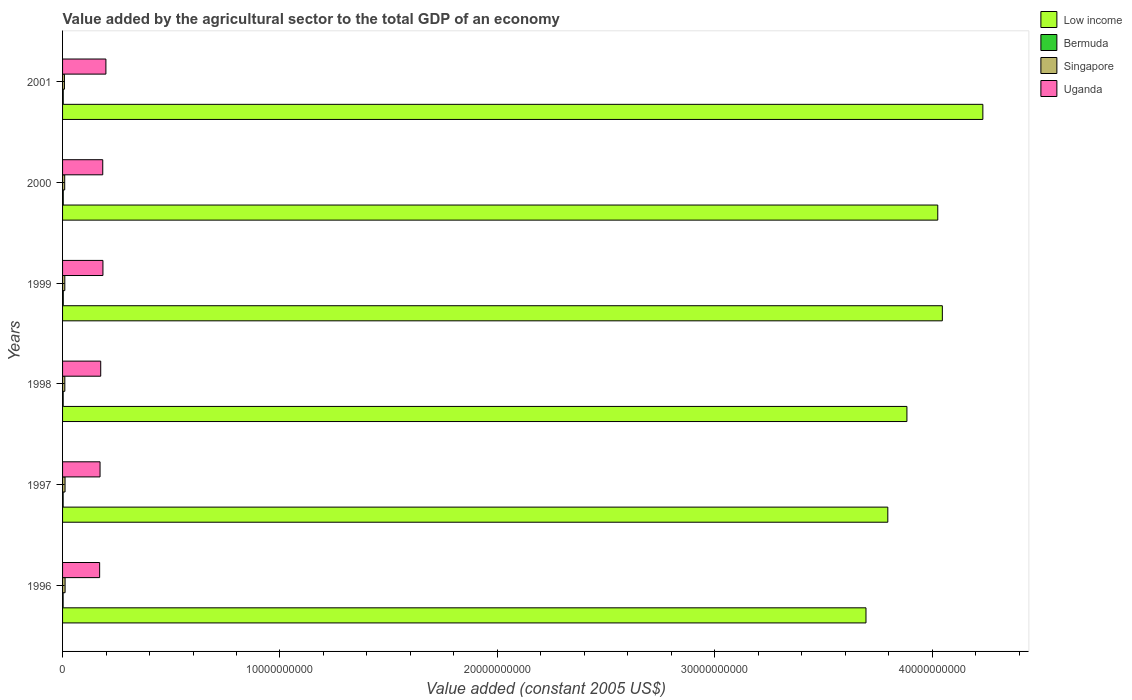
| Years | Low income | Bermuda | Singapore | Uganda |
 | --- | --- | --- | --- | --- |
 | 1996 | 3.7e+10 | 2.56e+07 | 1.16e+08 | 1.71e+09 |
 | 1997 | 3.8e+10 | 2.68e+07 | 1.14e+08 | 1.72e+09 |
 | 1998 | 3.88e+10 | 2.78e+07 | 1.04e+08 | 1.75e+09 |
 | 1999 | 4.05e+10 | 3.24e+07 | 1.04e+08 | 1.86e+09 |
 | 2000 | 4.03e+10 | 3.15e+07 | 9.86e+07 | 1.85e+09 |
 | 2001 | 4.23e+10 | 3.1e+07 | 8.63e+07 | 1.99e+09 |